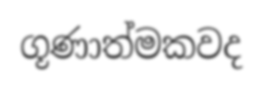
ගූණාත්මකවද